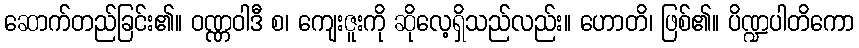
ဆောက်တည်ခြင်း၏။ ဝဏ္ဏဝါဒီ စ၊ ကျေးဇူးကို ဆိုလေ့ရှိသည်လည်း။ ဟောတိ၊ ဖြစ်၏။ ပိဏ္ဍပါတိကော